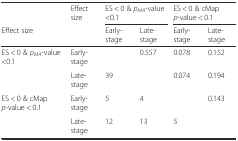
<table><thead><tr><td></td><td><b>Effect size</b></td><td colspan="2"><b>ES &lt; 0 &amp; <i>p</i><sub><i>MA</i></sub>-value &lt;0.1</b></td><td colspan="2"><b>ES &lt; 0 &amp; cMap <i>p</i>-value &lt; 0.1</b></td></tr><tr><td><b>Effect size</b></td><td></td><td><b>Early-stage</b></td><td><b>Late-stage</b></td><td><b>Early-stage</b></td><td><b>Late-stage</b></td></tr></thead><tbody><tr><td rowspan="2">ES &lt; 0 &amp; <i>p</i><sub><i>MA</i></sub>-value &lt;0.1</td><td>Early-stage</td><td></td><td>0.557</td><td>0.078</td><td>0.152</td></tr><tr><td>Late-stage</td><td>39</td><td></td><td>0.074</td><td>0.194</td></tr><tr><td rowspan="2">ES &lt; 0 &amp; cMap <i>p</i>-value &lt; 0.1</td><td>Early-stage</td><td>5</td><td>4</td><td></td><td>0.143</td></tr><tr><td>Late-stage</td><td>12</td><td>13</td><td>5</td><td></td></tr></tbody></table>